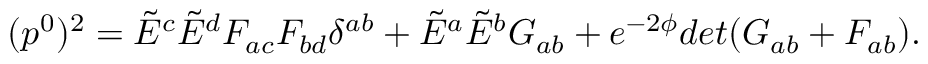
( p ^ { 0 } ) ^ { 2 } = \tilde { E } ^ { c } \tilde { E } ^ { d } F _ { a c } F _ { b d } \delta ^ { a b } + \tilde { E } ^ { a } \tilde { E } ^ { b } G _ { a b } + e ^ { - 2 \phi } d e t ( G _ { a b } + F _ { a b } ) .